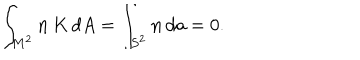
\int _ { M ^ { 2 } } { \bf n } \, K \, d A = \int _ { S ^ { 2 } } { \bf n } \, d a = 0 .